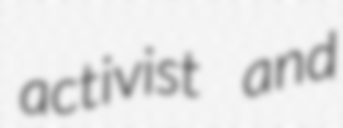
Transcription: activist and